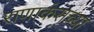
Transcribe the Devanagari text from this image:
राणाकंसच्या